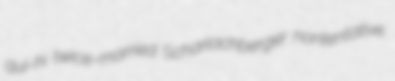
qui-hi twice-married Scharlachberger nontentative